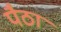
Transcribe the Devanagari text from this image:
पैठा